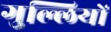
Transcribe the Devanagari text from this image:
गुल्लियों